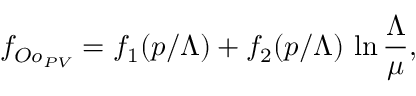
f _ { O o _ { P V } } = f _ { 1 } ( p / \Lambda ) + f _ { 2 } ( p / \Lambda ) \, \ln \frac { \Lambda } { \mu } ,